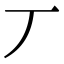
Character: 丆